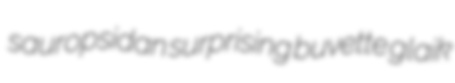
sauropsidan surprising buvette glaik